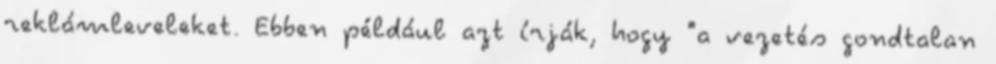
reklámleveleket. Ebben például azt írják, hogy "a vezetés gondtalan